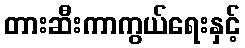
တားဆီးကာကွယ်ရေးနှင့်